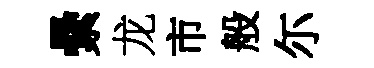
纍龙市般尓